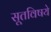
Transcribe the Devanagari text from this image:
सूतविषये